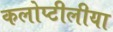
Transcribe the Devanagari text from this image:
कलोप्टीलीया